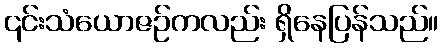
၎င်းသံယောဇဉ်ကလည်း ရှိနေပြန်သည်။